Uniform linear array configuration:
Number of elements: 12
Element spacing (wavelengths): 0.25
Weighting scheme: hann
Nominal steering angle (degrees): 30
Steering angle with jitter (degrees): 28.943
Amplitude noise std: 0.05
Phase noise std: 0.05

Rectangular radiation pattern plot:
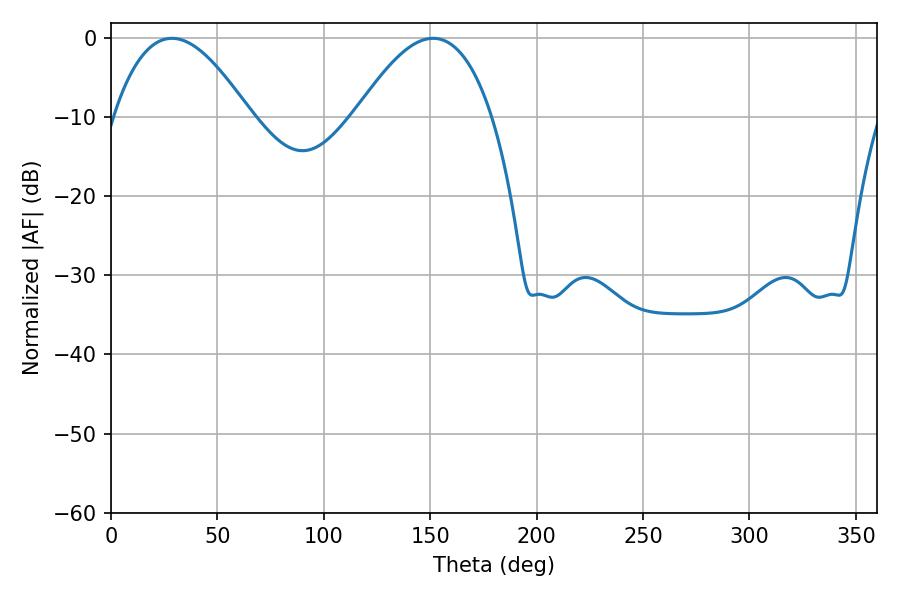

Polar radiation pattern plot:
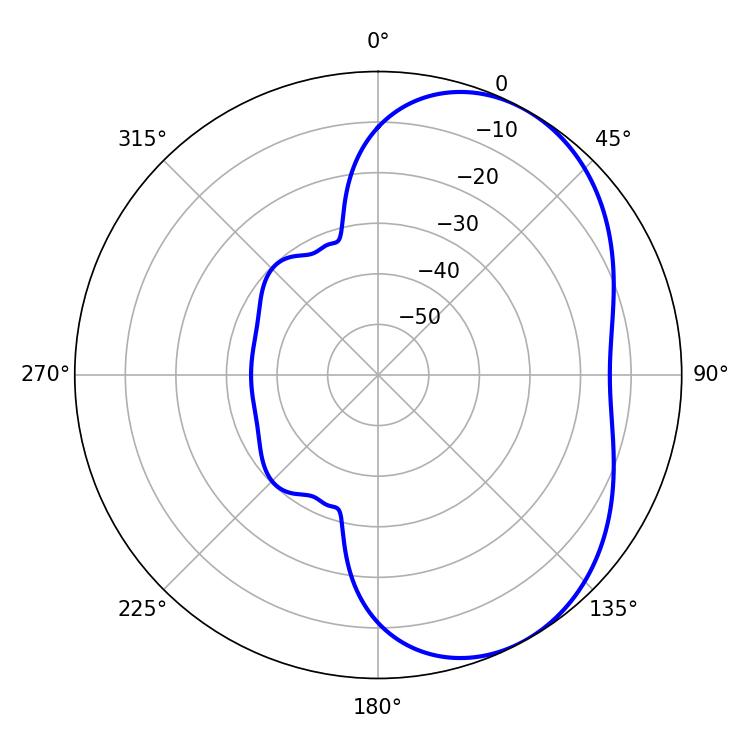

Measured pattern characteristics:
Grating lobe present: FALSE
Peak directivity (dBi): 4.591
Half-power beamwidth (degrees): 35.1
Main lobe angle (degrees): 28.62